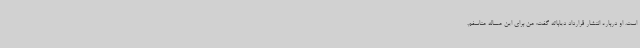
است. او درباره انتشار قرارداد دیاباته گفت: من برای این مساله متاسفم.